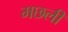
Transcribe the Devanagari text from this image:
मछली